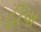
હીપા